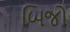
બિજો